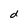
Character: d